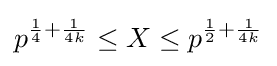
p^{{\frac {1}{4}}+{\frac {1}{4k}}}\leq X\leq p^{{\frac {1}{2}}+{\frac {1}{4k}}}